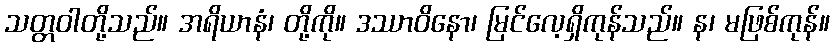
သတ္တဝါတို့သည်။ အရိယာနံ၊ တို့ကို။ ဒဿာဝိနော၊ မြင်လေ့ရှိကုန်သည်။ န၊ မဖြစ်ကုန်။